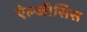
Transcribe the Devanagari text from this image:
ऐल्जीसिस